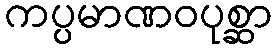
ကပ္ပမာဏဝပုစ္ဆာ